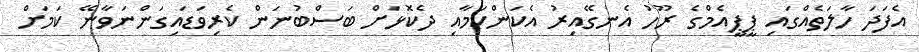
އެފަދަ ހާލަތެއްގައި ޕީޕީއެމްގެ ރޫހު އެނގޭއިރު އެކަންކަމާއި ދެކޮޅަށް ބަސްބުނަން ކެރިވަޑައިގަންނަވާނޭ ކަމަށް